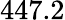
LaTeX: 447.2